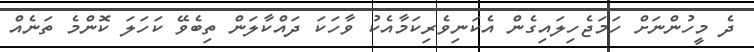
ދެ މީހުންނަށް ހަމަޖެހިލައިގެން އެކަނިވެރިކަމާއެކު ވާހަކަ ދައްކާލަން ތިބެވޭ ކަހަލަ ކޮންމެ ތަނެއް